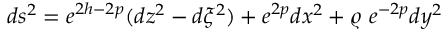
d s ^ { 2 } = e ^ { 2 h - 2 p } ( d z ^ { 2 } - d \xi ^ { 2 } ) + e ^ { 2 p } d x ^ { 2 } + \varrho \, \, e ^ { - 2 p } d y ^ { 2 }